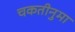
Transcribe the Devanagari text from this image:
चकतीनुमा